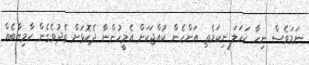
ނަމަވެސް ނިހާ ކަހަލަ ނިކަމެތި އަންހެން ކުއްޖަކަށް އެމީހުންނާ ދެކޮޅަށް ތެދުވެގެން ކާމިޔާބެއް